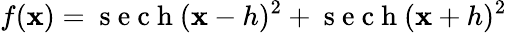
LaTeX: f(\mathbf{x})=\mathrm{{~s~e~c~h~}}(\mathbf{x}-h)^{2}+\mathrm{{~s~e~c~h~}}(\mathbf{x}+h)^{2}